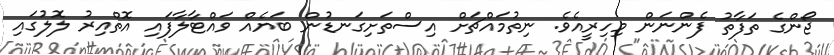
ޖޯންގެ ތަފާތު ފެންނަން މިހިރީއެވެ. ނިތުމައްޗަށް އިސްތަށިގަނޑުން ބަޔެއް ވައްޓާލާފައި އޮތްއިރު ލޮލުގައި